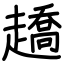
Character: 趫